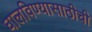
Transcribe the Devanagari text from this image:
घालविण्यासाठीची